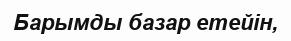
Барымды базар етейін,